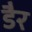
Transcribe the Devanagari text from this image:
डैर